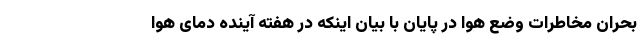
بحران مخاطرات وضع هوا در پایان با بیان اینکه در هفته آینده دمای هوا